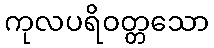
ကုလပရိဝတ္တသော